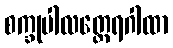
စက္ခုပါလတ္ထေရဂါထာ